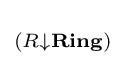
\scriptstyle {(R\downarrow \mathbf {Ring} )}